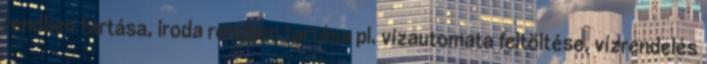
rendben tartása, iroda rendben tartása pl. vízautomata feltöltése, vízrendelés